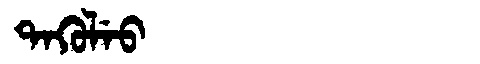
Manchu: ᡨᠠᡴᡠᠯᡝᠣ
Romanization: TAKULEO